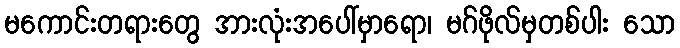
မကောင်းတရားတွေ အားလုံးအပေါ်မှာရော၊ မဂ်ဖိုလ်မှတစ်ပါး သော